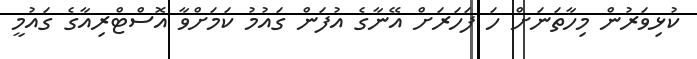
ކުޅިވަރުން މިހާތަނަށް ހަ ފަހަރަށް އޭނާގެ އުފަން ގައުމު ކަމަށްވާ އޮސްޓްރިއާގެ ގައުމީ